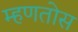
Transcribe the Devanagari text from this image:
म्हणतोस